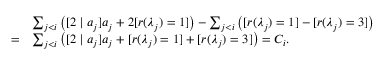
\begin{array} { r l } & { \sum _ { j < i } \left( [ 2 \mid a _ { j } ] a _ { j } + 2 [ r ( \lambda _ { j } ) = 1 ] \right) - \sum _ { j < i } \left( [ r ( \lambda _ { j } ) = 1 ] - [ r ( \lambda _ { j } ) = 3 ] \right) } \\ { = } & { \sum _ { j < i } \left( [ 2 \mid a _ { j } ] a _ { j } + [ r ( \lambda _ { j } ) = 1 ] + [ r ( \lambda _ { j } ) = 3 ] \right) = C _ { i } . } \end{array}